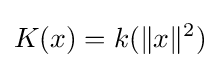
K(x)=k(\|x\|^{2})